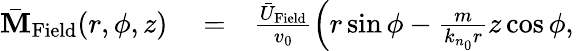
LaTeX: \begin{array}{rlr}{\bar{\mathbf M}_{\mathrm{Field}}(r,\phi,z)}&{{}=}&{\frac{\bar{U}_{\mathrm{Field}}}{v_{0}}\left(r\sin\phi-\frac{m}{k_{n_{0}}r}z\cos\phi,\right.}\end{array}